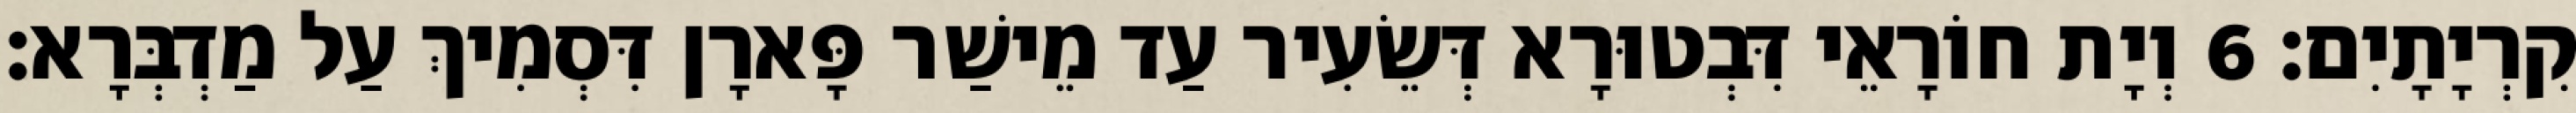
קִרְיָתָיִם׃ 6 וְיָת חוֹרָאֵי דִּבְטוּרָא דְּשֵׂעִיר עַד מֵישַׁר פָּארָן דִּסְמִיךְ עַל מַדְבְּרָא׃